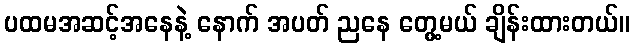
ပထမအဆင့်အနေနဲ့ နောက် အပတ် ညနေ တွေ့မယ် ချိန်းထားတယ်။